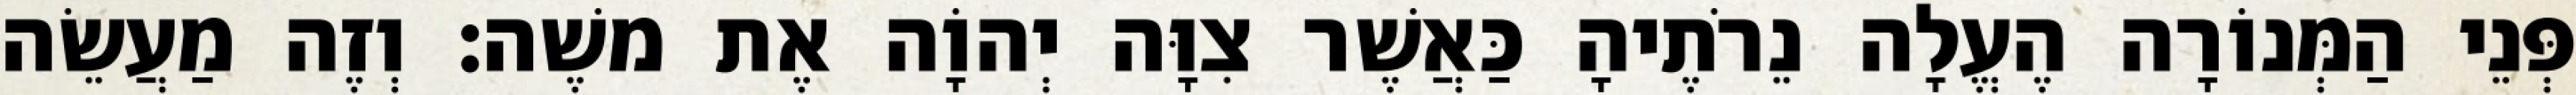
פְּנֵי הַמְּנוֹרָה הֶעֱלָה נֵרֹתֶיהָ כַּאֲשֶׁר צִוָּה יְהוָֹה אֶת משֶׁה׃ וְזֶה מַעֲשֵׂה